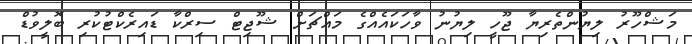
މަޝްހޫރު ލިޔުންތެރިޔާ ޖޫހީ ލިޔުނު ވާހަކައެއްގެ މައްޗަށް ޝޫޖިޓް ސިރްކާ ޑައިރެކްޓުކުރި ބޮލީވުޑް